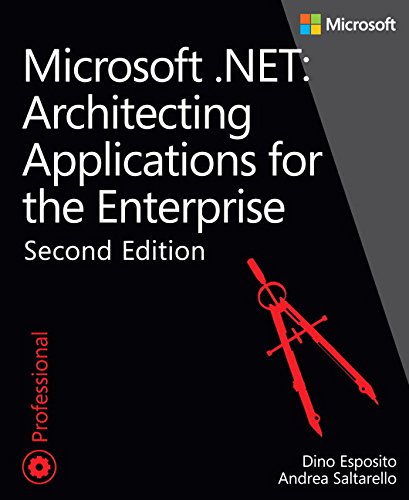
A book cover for Microsoft .NET - Architecting Applications for the Enterprise (2nd Edition) (Developer Reference); Dino Esposito; Computers & Technology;